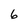
Character: 6